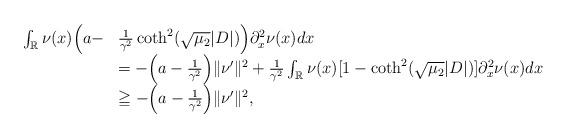
LaTeX: \begin{align*}\begin{array}{lll}\int_{\mathbb R} \nu(x)\Big(a- &\frac{1}{\gamma^2}\coth^2(\sqrt{\mu_2} |D|)\Big ) \partial_x^2 \nu (x)dx\\&=-\Big(a- \frac{1}{\gamma^2}\Big )\|\nu'\|^2 +\frac{1}{\gamma^2} \int_{\mathbb R} \nu(x)[1- \coth^2(\sqrt{\mu_2} |D|)]\partial_x^2\nu (x)dx\\&\geqq -\Big(a- \frac{1}{\gamma^2}\Big )\|\nu'\|^2, \end{array}\end{align*}